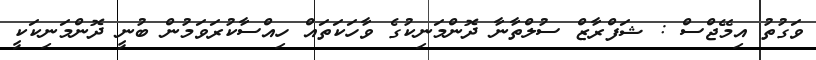
ވަގުތު އިމޭޖްސް : ޝަފްރާޒް ސުލްތާނާ ދޮންމަނިކުގެ ވާހަކަތައް ހިއްސާކުރަވަމުން ބުނީ ދޮންމަނިކަކީ